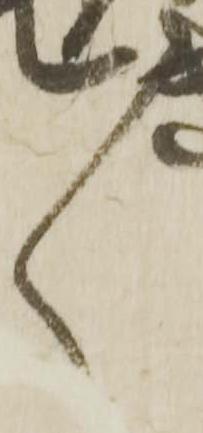
々